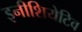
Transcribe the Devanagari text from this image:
इनीशियेटिव